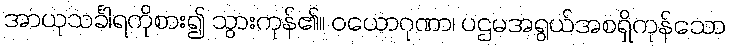
အာယုသင်္ခါရကိုစား၍ သွားကုန်၏။ ဝယောဂုဏာ၊ ပဌမအရွယ်အစရှိကုန်သော